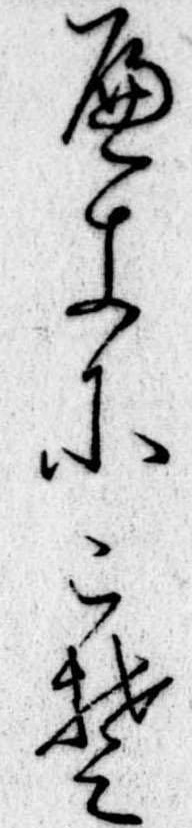
へきにこそ